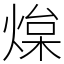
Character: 㷘